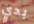
بدي